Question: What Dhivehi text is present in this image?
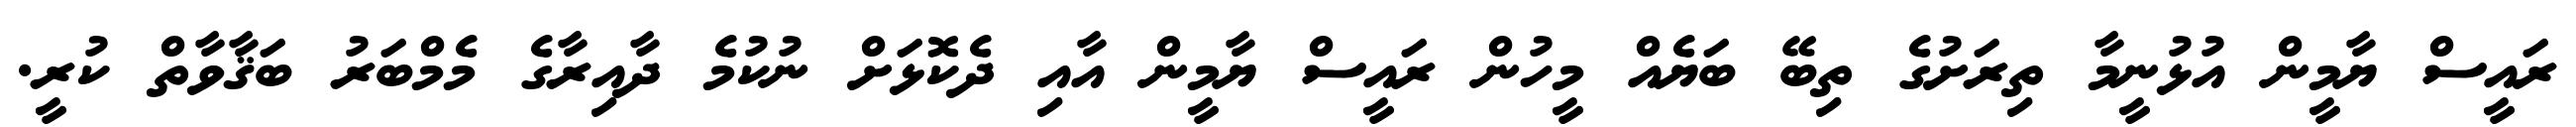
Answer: ރައީސް ޔާމީން އުޅުނީމާ ތިރަށުގެ ތިބޭ ބަޔެއް މީހުން ރައީސް ޔާމީން އާއި ދެކޮޅަށް ނުކުމެ ދާއިރާގެ މެމްބަރު ބަޤާވާތް ކުރީ.